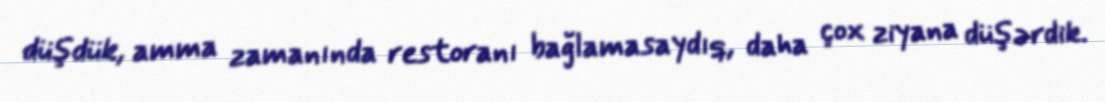
düşdük, amma zamanında restoranı bağlamasaydıq, daha çox ziyana düşərdik.